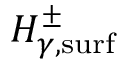
H _ { \gamma , \mathrm { s u r f } } ^ { \pm }